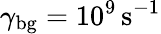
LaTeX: \gamma_{\mathrm{bg}}=10^{9}\, \mathrm{s^{-1}}